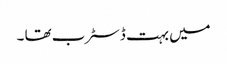
میں بہت ڈسٹرب تھا ۔